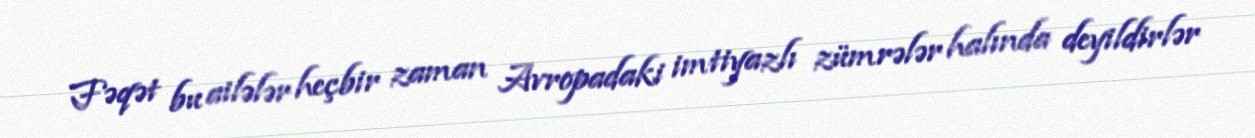
Fəqət bu ailələr heçbir zaman Avropadaki imtiyazlı zümrələr halında deyildirlər